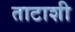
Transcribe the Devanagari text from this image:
ताटाशी